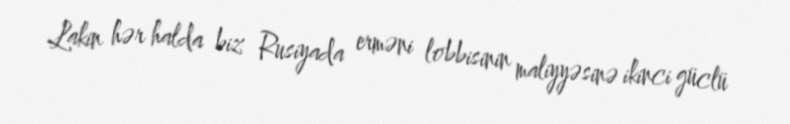
Lakin hər halda biz Rusiyada erməni lobbisinin maliyyəsinə ikinci güclü